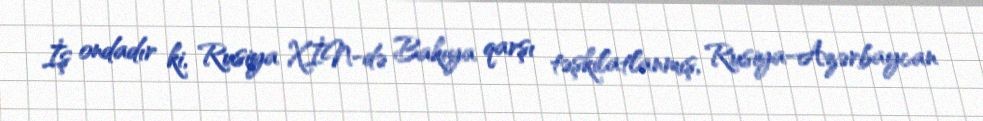
İş ondadır ki, Rusiya XİN-də Bakıya qarşı təşkilatlanmış, Rusiya-Azərbaycan